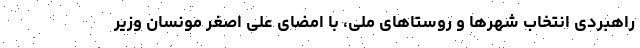
راهبردی انتخاب شهرها و روستاهای ملی، با امضای علی اصغر مونسان وزیر